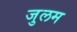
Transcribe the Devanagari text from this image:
जुलम